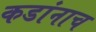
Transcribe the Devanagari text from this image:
कडांनाच